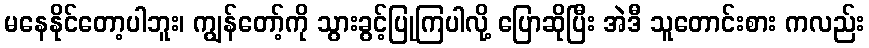
မနေနိုင်တော့ပါဘူး၊ ကျွန်တော့်ကို သွားခွင့်ပြုကြပါလို့ ပြောဆိုပြီး အဲဒီ သူတောင်းစား ကလည်း